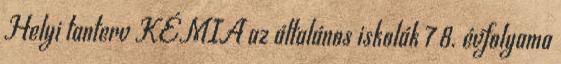
Helyi tanterv KÉMIA az általános iskolák 7 8. évfolyama